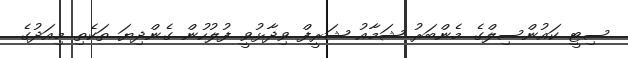
ސިޓީ ކައުންސިލްގެ މެންބަރު ޝަމާއު ޝަރީފް ވިދާޅުވީ ފުލުހުން ގެންދިޔަ ތަކެތި މިއަދުގެ